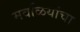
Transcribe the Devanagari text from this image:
मवळियांचा